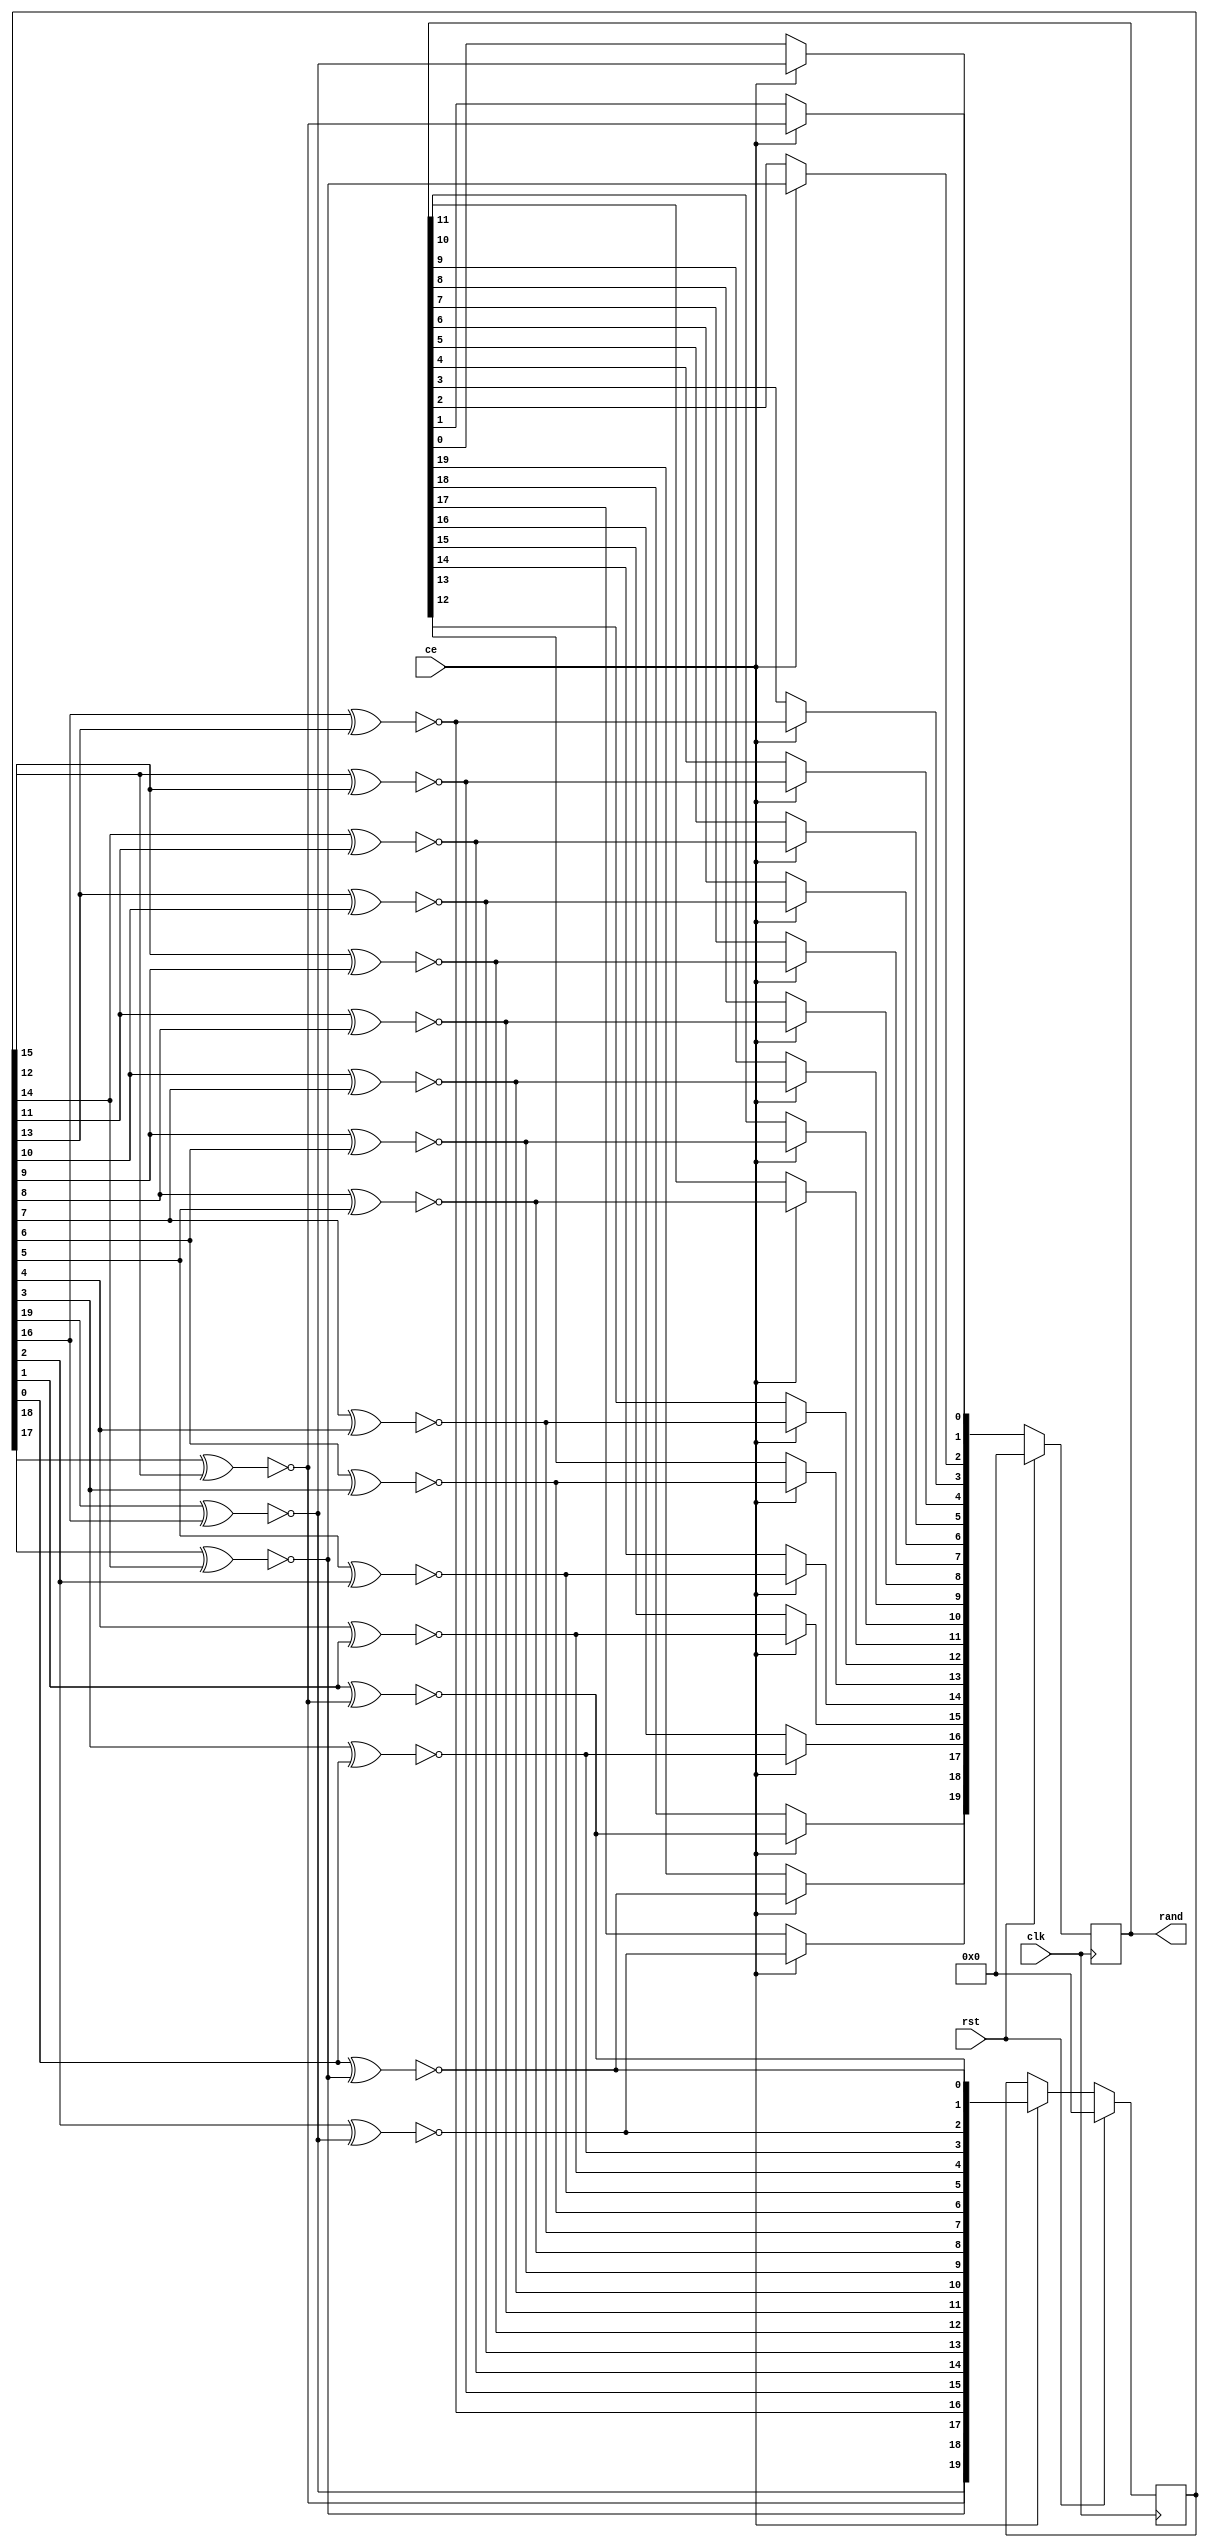
module memtest_prng20(
	input clk,
	input rst,
	input ce,
	output reg [19:0] rand
);

reg [19:0] state;

reg o;
integer i;
always @(posedge clk) begin
	if(rst) begin
		state = 20'd0;
		rand = 20'd0;
	end else if(ce) begin
		for(i=0;i<20;i=i+1) begin
			o = ~(state[19] ^ state[16]);
			rand[i] = o;
			state = {state[18:0], o};
		end
	end
end

endmodule